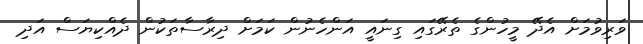
ވަރިވުމަށް އެދޭ މީހުންގެ ތެރޭގައި ގިނައީ އަންހެނުން ކަމަށް ދިރާސާތަކުން ދެއްކިޔަސް އަދި